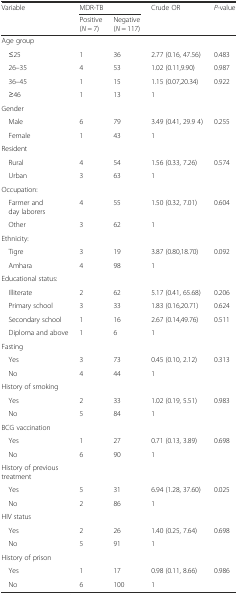
<table><thead><tr><td rowspan="2"><b>Variable</b></td><td colspan="2"><b>MDR-TB</b></td><td rowspan="2"><b>Crude OR</b></td><td rowspan="2"><b><i>P</i>-value</b></td></tr><tr><td><b>Positive (<i>N</i> = 7)</b></td><td><b>Negative (<i>N</i> = 117)</b></td></tr></thead><tbody><tr><td>Age group</td><td></td><td></td><td></td><td></td></tr><tr><td>≤25</td><td>1</td><td>36</td><td>2.77 (0.16, 47.56)</td><td>0.483</td></tr><tr><td>26–35</td><td>4</td><td>53</td><td>1.02 (0.11,9.90)</td><td>0.987</td></tr><tr><td>36–45</td><td>1</td><td>15</td><td>1.15 (0.07,20.34)</td><td>0.922</td></tr><tr><td>≥46</td><td>1</td><td>13</td><td>1</td><td></td></tr><tr><td>Gender</td><td></td><td></td><td></td><td></td></tr><tr><td>Male</td><td>6</td><td>79</td><td>3.49 (0.41, 29.9 4)</td><td>0.255</td></tr><tr><td>Female</td><td>1</td><td>43</td><td>1</td><td></td></tr><tr><td>Resident</td><td></td><td></td><td></td><td></td></tr><tr><td>Rural</td><td>4</td><td>54</td><td>1.56 (0.33, 7.26)</td><td>0.574</td></tr><tr><td>Urban</td><td>3</td><td>63</td><td>1</td><td></td></tr><tr><td>Occupation:</td><td></td><td></td><td></td><td></td></tr><tr><td>Farmer and day laborers</td><td>4</td><td>55</td><td>1.50 (0.32, 7.01)</td><td>0.604</td></tr><tr><td>Other</td><td>3</td><td>62</td><td>1</td><td></td></tr><tr><td>Ethnicity:</td><td></td><td></td><td></td><td></td></tr><tr><td>Tigre</td><td>3</td><td>19</td><td>3.87 (0.80,18.70)</td><td>0.092</td></tr><tr><td>Amhara</td><td>4</td><td>98</td><td>1</td><td></td></tr><tr><td>Educational status:</td><td></td><td></td><td></td><td></td></tr><tr><td>Illiterate</td><td>2</td><td>62</td><td>5.17 (0.41, 65.68)</td><td>0.206</td></tr><tr><td>Primary school</td><td>3</td><td>33</td><td>1.83 (0.16,20.71)</td><td>0.624</td></tr><tr><td>Secondary school</td><td>1</td><td>16</td><td>2.67 (0.14,49.76)</td><td>0.511</td></tr><tr><td>Diploma and above</td><td>1</td><td>6</td><td>1</td><td></td></tr><tr><td>Fasting</td><td></td><td></td><td></td><td></td></tr><tr><td>Yes</td><td>3</td><td>73</td><td>0.45 (0.10, 2.12)</td><td>0.313</td></tr><tr><td>No</td><td>4</td><td>44</td><td>1</td><td></td></tr><tr><td>History of smoking</td><td></td><td></td><td></td><td></td></tr><tr><td>Yes</td><td>2</td><td>33</td><td>1.02 (0.19, 5.51)</td><td>0.983</td></tr><tr><td>No</td><td>5</td><td>84</td><td>1</td><td></td></tr><tr><td>BCG vaccination</td><td></td><td></td><td></td><td></td></tr><tr><td>Yes</td><td>1</td><td>27</td><td>0.71 (0.13, 3.89)</td><td>0.698</td></tr><tr><td>No</td><td>6</td><td>90</td><td>1</td><td></td></tr><tr><td>History of previous treatment</td><td></td><td></td><td></td><td></td></tr><tr><td>Yes</td><td>5</td><td>31</td><td>6.94 (1.28, 37.60)</td><td>0.025</td></tr><tr><td>No</td><td>2</td><td>86</td><td>1</td><td></td></tr><tr><td>HIV status</td><td></td><td></td><td></td><td></td></tr><tr><td>Yes</td><td>2</td><td>26</td><td>1.40 (0.25, 7.64)</td><td>0.698</td></tr><tr><td>No</td><td>5</td><td>91</td><td>1</td><td></td></tr><tr><td>History of prison</td><td></td><td></td><td></td><td></td></tr><tr><td>Yes</td><td>1</td><td>17</td><td>0.98 (0.11, 8.66)</td><td>0.986</td></tr><tr><td>No</td><td>6</td><td>100</td><td>1</td><td></td></tr></tbody></table>